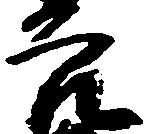
穴